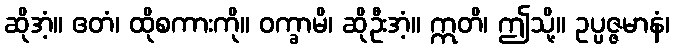
ဆိုအံ့။ ဧတံ၊ ထိုစကားကို။ ဝက္ခာမိ၊ ဆိုဦးအံ့။ ဣတိ၊ ဤသို့။ ဥပ္ပဇ္ဇမာနံ၊